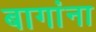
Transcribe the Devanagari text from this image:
बागांना